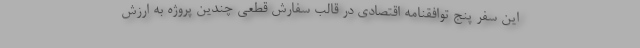
این سفر پنج توافقنامه اقتصادی در قالب سفارش قطعی چندین پروژه به ارزش